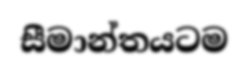
සීමාන්තයටම